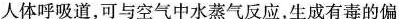
人体呼吸道，可与空气中水蒸气反应，生成有毒的偏